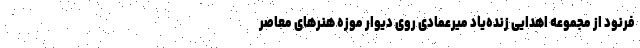
فرنود از مجموعه اهدایی زنده‌یاد میرعمادی روی دیوار موزه هنرهای معاصر